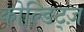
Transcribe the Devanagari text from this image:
कोल्डिट्ज़